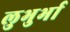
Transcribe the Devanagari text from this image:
लुभुर्भा